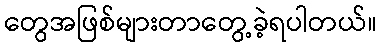
တွေအဖြစ်များတာတွေ့ခဲ့ရပါတယ်။